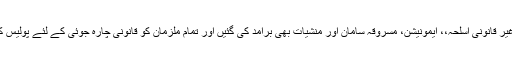
ملزمان کے قبضے سے غیر قانونی اسلحہ،، ایمونیشن، مسروقہ سامان اور منشیات بھی برآمد کی گئیں اور تمام ملزمان کو قانونی چارہ جوئی کے لئے پولیس کے حوالے کر دیا گیا ہے۔